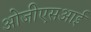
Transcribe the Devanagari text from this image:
ओजीएसआई